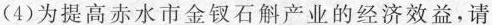
(4)为提高赤水市金钗石斛产业的经济效益，请